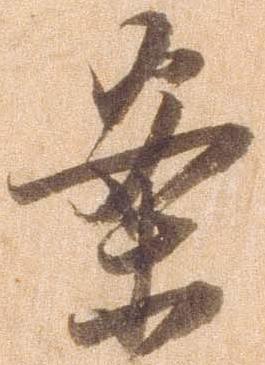
案